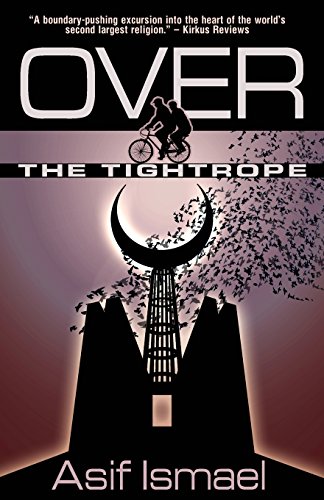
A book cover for Over The Tightrope; Asif Ismael; Literature & Fiction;